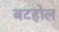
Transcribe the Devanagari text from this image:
बटहोल